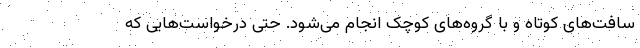
سافت‌های کوتاه و با گروه‌های کوچک انجام می‌شود. حتی درخواست‌هایی که